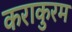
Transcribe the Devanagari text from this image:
कराकुरम